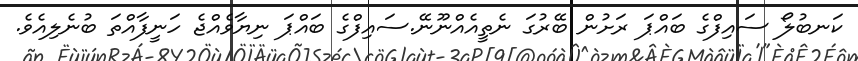
ކަނބުލޯ ސައިފްގެ ބައްޕަ ރަށުން ބޭރުގަ ނެތީއެއްނޫނޭ.ސައިފްގެ ބައްޕަ ނިޔާވެއްޖެ ހަނީފާއްތަ ބުނެލިއެވެ.